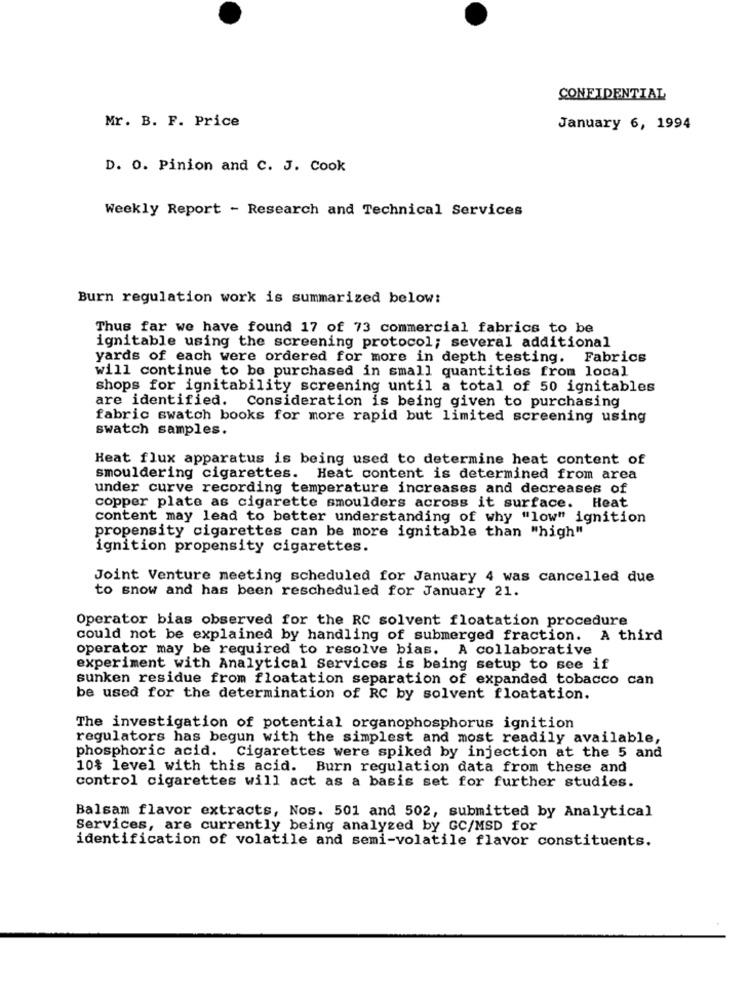
CONFIDENTIAL
Mr. B. F. Price
January 6, 1994
D. O. Pinion and C. J. Cook
Weekly Report - Research and Technical Services
Burn regulation work is summarized below:
Thus far we have found 17 of 73 commercial fabrics to be
ignitable using the screening protocol; several additional
yards of each were ordered for more in depth testing. Fabrics
will continue to be purchased in small quantities from local
shops for ignitability screening until a total of 50 ignitables
are identified. Consideration is being given to purchasing
fabric swatch books for more rapid but limited screening using
swatch samples.
Heat flux apparatus is being used to determine heat content of
smouldering cigarettes. Heat content is determined from area
under curve recording temperature increases and decreases of
copper plate as cigarette smoulders across it surface. Heat
content may lead to better understanding of why "low" ignition
propensity cigarettes can be more ignitable than "high"
ignition propensity cigarettes.
Joint Venture meeting scheduled for January 4 was cancelled due
to snow and has been rescheduled for January 21.
Operator bias observed for the RC solvent floatation procedure
could not be explained by handling of submerged fraction. A third
operator may be required to resolve bias. A collaborative
experiment with Analytical Services is being setup to see if
sunken residue from floatation separation of expanded tobacco can
be used for the determination of RC by solvent floatation.
The investigation of potential organophosphorus ignition
regulators has begun with the simplest and most readily available,
phosphoric acid. Cigarettes were spiked by injection at the 5 and
10% level with this acid. Burn regulation data from these and
control cigarettes will act as a basis set for further studies.
Balsam flavor extracts, Nos. 501 and 502, submitted by Analytical
Services, are currently being analysed by GC/MSD for
identification of volatile and semi-volatile flavor constituents.